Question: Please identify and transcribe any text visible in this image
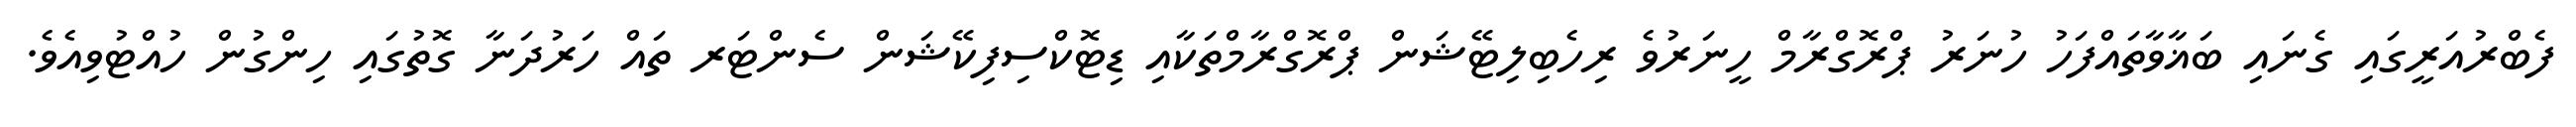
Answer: ފެބްރުއަރީގައި ގެނައި ބަޣާވާތައްފަހު ހުނަރު ޕްރޮގްރާމް ހީނަރުވެ ރިހެބިލިޓޭޝަން ޕްރޮގްރާމްތަކާއި ޑިޓޮކްސިފިކޭޝަން ސެންޓަރ ތައް ހަރުދަނާ ގޮތުގައި ހިންގުން ހުއްޓުވިއެވެ.